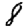
Digit: 8